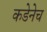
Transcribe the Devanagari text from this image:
कडेनेच